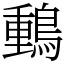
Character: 䳯